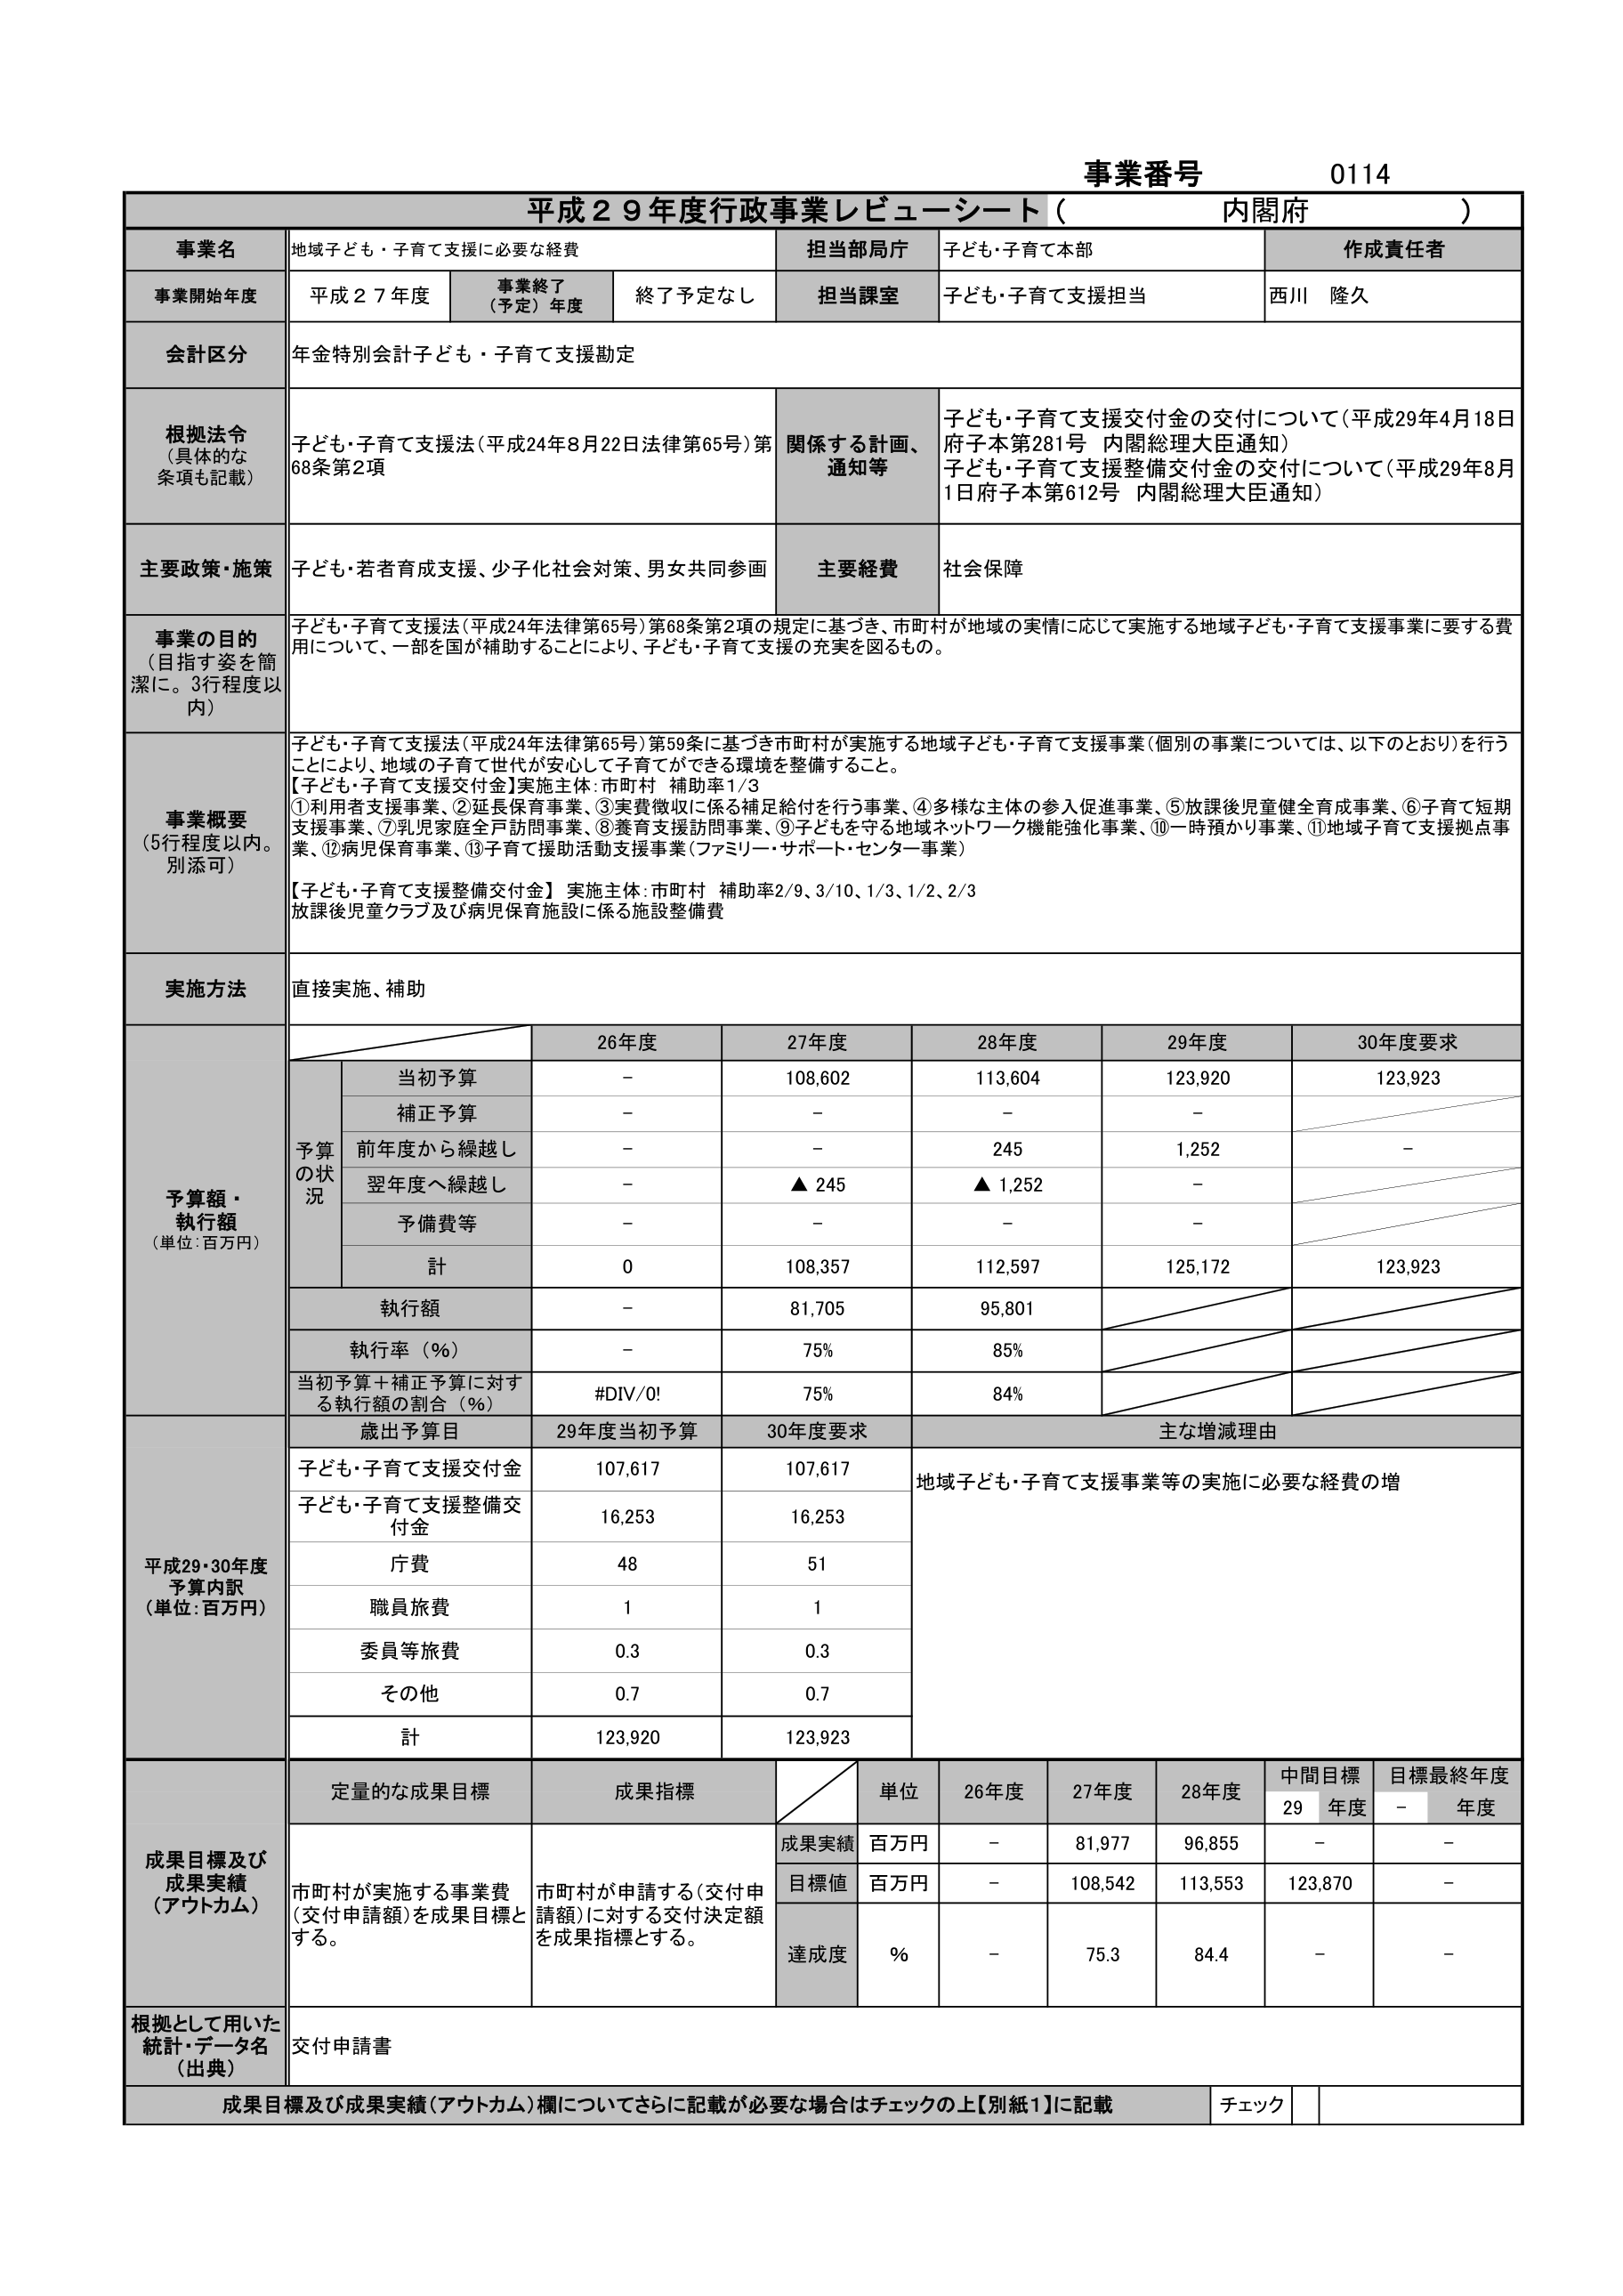
事業番号 0114
平成２９年度行政事業レビューーシート（内閣府）

事業名 地域子ども・子育て支援に必要な経費
担当部局庁 子ども・子育て本部
作成責任者 西川 隆久

事業開始年度 平成２７年度
事業終了（予定）年度 終了予定なし
担当課室 子ども・子育て支援担当

会計区分 年金特別会計子ども・子育て支援勘定

根拠法令（具体的な条項も記載）
子ども・子育て支援法（平成24年8月22日法律第65号）第68条第2項
関係する計画、通知等
子ども・子育て支援交付金の交付について（平成29年4月18日 府子本第281号 内閣総理大臣通知）
子ども・子育て支援整備交付金の交付について（平成29年8月1日府子本第612号 内閣総理大臣通知）

主要政策・施策 子ども・若者育成支援、少子化社会対策、男女共同参画
主要経費 社会保障

事業の目的（目指す姿を簡潔に。3行程度以内）
子ども・子育て支援法（平成24年法律第65号）第68条第2項の規定に基づき、市町村が地域の実情に応じて実施する地域子ども・子育て支援事業に要する費用について、一部を国が補助することにより、子ども・子育て支援の充実を図るもの。

事業概要（5行程度以内。別添可）
子ども・子育て支援法（平成24年法律第65号）第59条に基づき市町村が実施する地域子ども・子育て支援事業（個別の事業については、以下のとおり）を行うことにより、地域の子育て世代が安心して子育てができる環境を整備すること。
【子ども・子育て支援交付金】実施主体：市町村 補助率1/3
①利用者支援事業、②延長保育事業、③実費徴収に係る補足給付を行う事業、④多様な主体の参入促進事業、⑤放課後児童健全育成事業、⑥子育て短期支援事業、⑦乳児家庭全戸訪問事業、⑧養育支援訪問事業、⑨子どもを守る地域ネットワーク機能強化事業、⑩一時預かり事業、⑪地域子育て支援拠点事業、⑫病児保育事業、⑬子育て援助活動支援事業（ファミリーサポート・センター事業）
【子ども・子育て支援整備交付金】実施主体：市町村 補助率2/9、3/10、1/3、1/2、2/3
放課後児童クラブ及び病児保育施設に係る施設整備費

実施方法 直接実施、補助

予算額・執行額（単位：百万円）
26年度 27年度 28年度 29年度 30年度要求
予算の状況
当初予算 - 108,602 113,604 123,920 123,923
補正予算 - - - -
前年度から繰越し - - 245 1,252 -
翌年度へ繰越し - ▲245 ▲1,252 -
予備費等 - - - -
計 0 108,357 112,597 125,172 123,923
執行額 - 81,705 95,801
執行率（％） - 75% 85%
当初予算＋補正予算に対する執行額の割合（％） #DIV/0! 75% 84%

平成29・30年度予算内訳（単位：百万円）
歳出予算目 29年度当初予算 30年度要求 主な増減理由
子ども・子育て支援交付金 107,617 107,617 地域子ども・子育て支援事業等の実施に必要な経費の増
子ども・子育て支援整備交付金 16,253 16,253
庁費 48 51
職員旅費 1 1
委員等旅費 0.3 0.3
その他 0.7 0.7
計 123,920 123,923

成果目標及び成果実績（アウトカム）
定量的な成果目標 成果指標 単位 26年度 27年度 28年度 中間目標29年度 目標最終年度-年度
市町村が実施する事業費（交付申請額）を成果目標とする。 市町村が申請する（交付申請額）に対する交付決定額を成果指標とする。
成果実績 百万円 - 81,977 96,855 - -
目標値 百万円 - 108,542 113,553 123,870 -
達成度 ％ - 75.3 84.4 - -

根拠として用いた統計・データ名（出典） 交付申請書

成果目標及び成果実績（アウトカム）欄についてさらに記載が必要な場合はチェックの上【別紙1】に記載 チェック